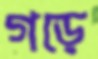
গড়ে